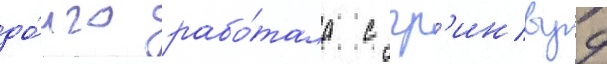
до́лго рабо́тала с гр'инвуд